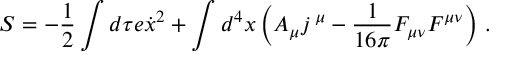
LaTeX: S = - \frac 1 2 \int d \tau e \dot { x } ^ { 2 } + \int d ^ { 4 } x \left( A _ { \mu } j \, { } ^ { \mu } - \frac { 1 } { 1 6 \pi } F _ { \mu \nu } F ^ { \mu \nu } \right) \, .